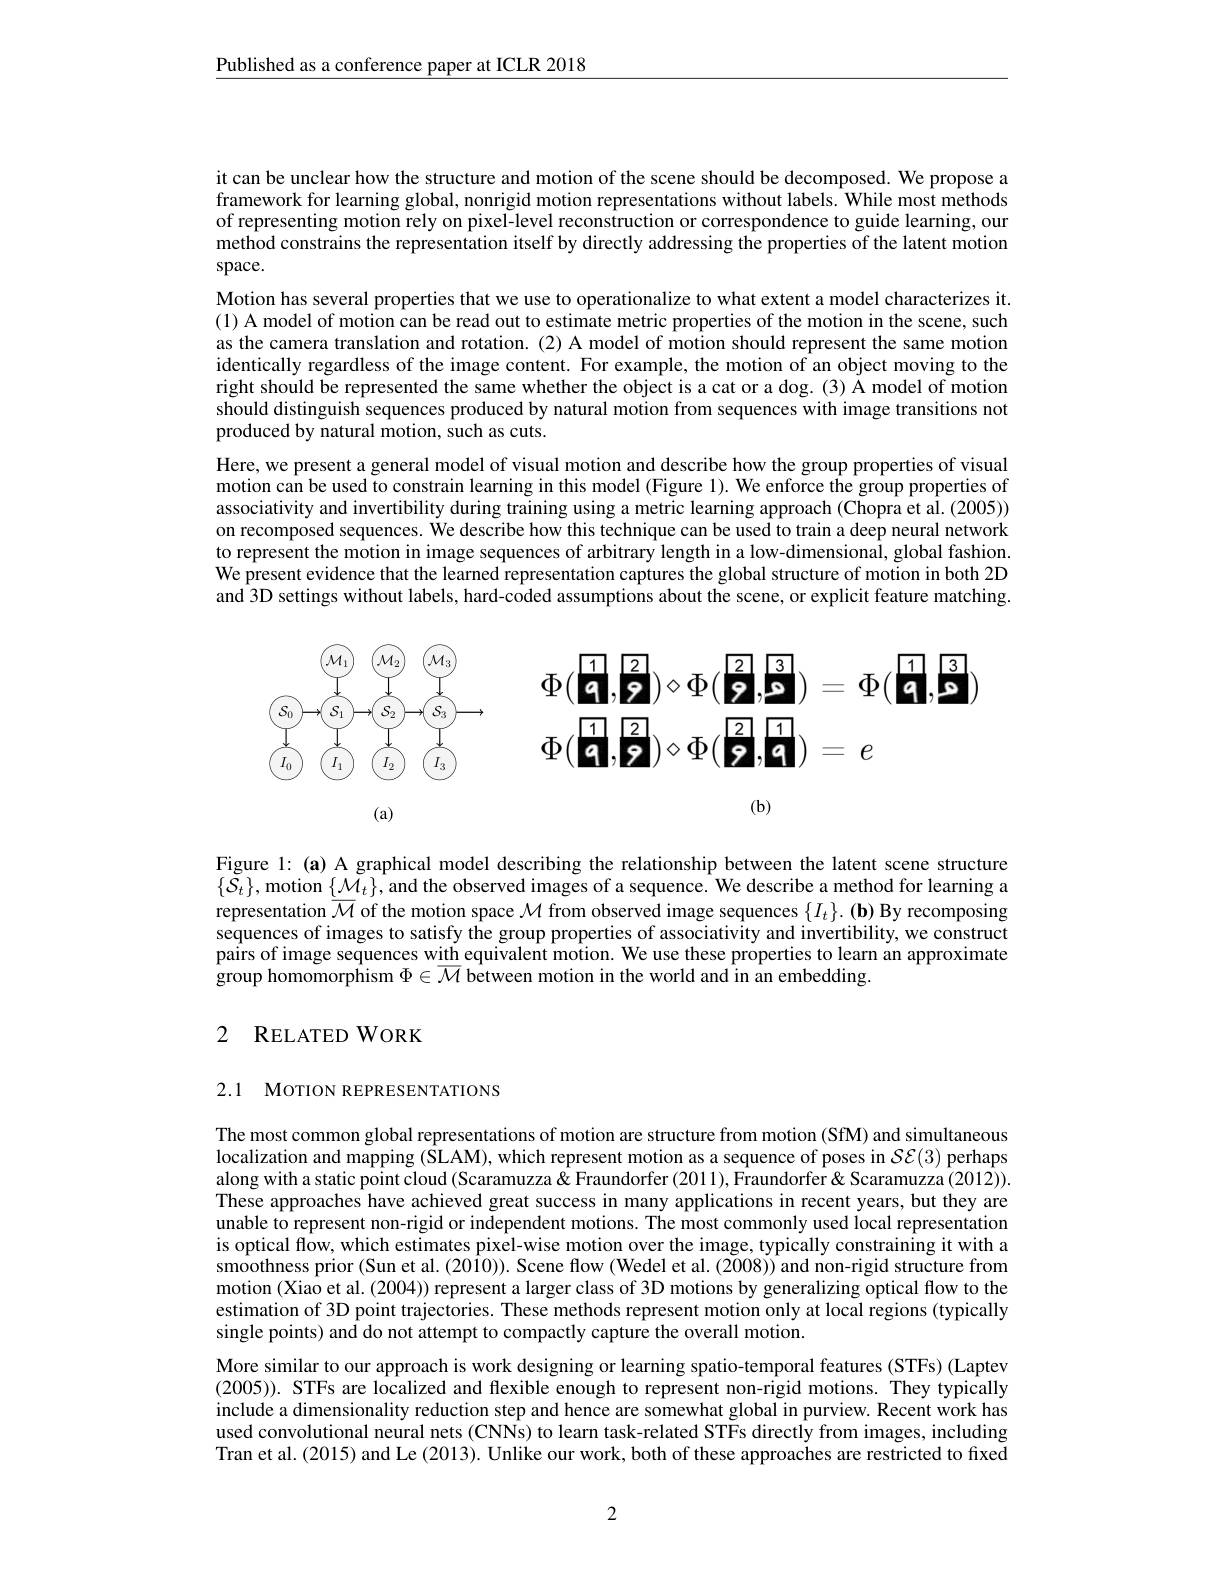
$\underline{\text{Published as a conference paper at ICLR 2018}}$

it can be unclear how the structure and motion of the scene should be decomposed. We propose a framework for learning global, nonrigid motion representations without labels. While most methods of representing motion rely on pixel-level reconstruction or correspondence to guide learning, our method constrains the representation itself by directly addressing the properties of the latent motion

space.
Motion has several properties that we use to operationalize to what extent a model characterizes it. (1) A model of motion can be read out to estimate metric properties of the motion in the scene, such as the camera translation and rotation. (2) A model of motion should represent the same motion identically regardless of the image content. For example, the motion of an object moving to the right should be represented the same whether the object is a cat or a dog. (3) A model of motion should distinguish sequences produced by natural motion from sequences with image transitions not produced by natural motion, such as cuts.
Here, we present a general model of visual motion and describe how the group properties of visual motion can be used to constrain learning in this model (Figure 1). We enforce the group properties of associativity and invertibility during training using a metric learning approach (Chopra et al. (2005)) on recomposed sequences. We describe how this technique can be used to train a deep neural network to represent the motion in image sequences of arbitrary length in a low-dimensional, global fashion. We present evidence that the learned representation captures the global structure of motion in both 2D and 3D settings without labels, hard-coded assumptions about the scene, or explicit feature matching.

<FigureHere>

$(\mathbf{b})$

(a)

Figure 1: (a) A graphical model describing the relationship between the latent scene structure $\{\tilde{S}_t\}$, motion $\{\tilde{\mathcal{M}}_t\}$,and the observed images of a sequence. We describe a method for learning a representation $\overline{\mathcal{M}}$ of the motion space $\mathcal{M}$ from observed image sequences $\{ I_t\} . \textbf{( b) By recomposing}$ sequences of images to satisfy the group properties of associativity and invertibility, we construct pairs of image sequences with equivalent motion. We use these properties to learn an approximate $\hat{\text{group homomorphism }\Phi}\in\overline{\mathcal{M}}\hat{\text{ between motion in the world and in an embedding.}}$

# 2 RELATED WORK

2.1 MOTION REPRESENTATIONS

The most common global representations of motion are structure from motion (SfM) and simultaneous localization and mapping ($\hat{\text{SLAM}})$, which represent motion as a sequence of poses in $\mathcal{SE}(3)$ perhaps along with a static point cloud (Scaramuzza& Fraundorfer (2011), Fraundorfer & Scaramuzza (2012)). These approaches have achieved great success in many applications in recent years, but they are unable to represent non-rigid or independent motions. The most commonly used local representation is optical flow, which estimates pixel-wise motion over the image, typically constraining it with a smoothness prior (Sun et al. (2010)). Scene flow (Wedel et al. (2008)) and non-rigid structure from motion (Xiao et al. (2004)) represent a larger class of 3D motions by generalizing optical flow to the estimation of 3D point trajectories. These methods represent motion only at local regions (typically single points) and do not attempt to compactly capture the overall motion.
More similar to our approach is work designing or learning spatio-temporal features (STFs) (Laptev (2005)). STFs are localized and flexible enough to represent non-rigid motions. They typically include a dimensionality reduction step and hence are somewhat global in purview. Recent work has used convolutional neural nets (CNNs) to learn task-related STFs directly from images, including Tran et al. (2015) and Le (2013). Unlike our work, both of these approaches are restricted to fixed

2